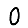
Digit: 0